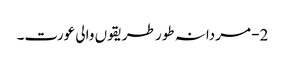
2- مردانہ طور طریقوں والی عورت۔